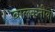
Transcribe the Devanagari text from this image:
बालकनीयां